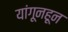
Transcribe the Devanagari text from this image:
यांगूनहून